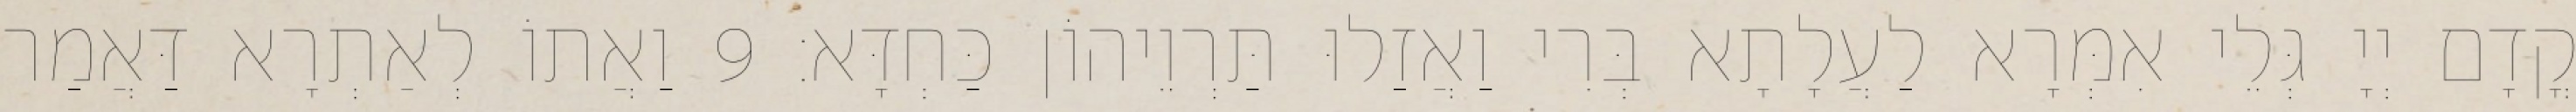
קֳדָם יְיָ גְּלֵי אִמְּרָא לַעֲלָתָא בְּרִי וַאֲזַלוּ תַּרְוֵיהוֹן כַּחְדָּא׃ 9 וַאֲתוֹ לְאַתְרָא דַּאֲמַר